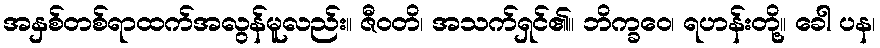
အနှစ်တစ်ရာထက်အလွန်မူလည်း။ ဇီဝတိ၊ အသက်ရှင်၏။ ဘိက္ခဝေ၊ ရဟန်းတို့။ ခေါ ပန၊